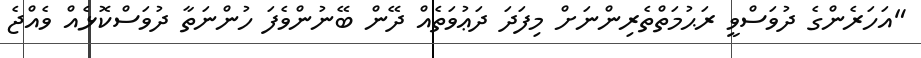
"އަހަރެންގެ ދުވަސްވީ ރަޙުމަތްތެރިންނަށް މިފަދަ ދަޢުވަތެއް ދޭން ބޭނުންވެފަ ހުންނަތާ ދުވަސްކޮޅެއް ވެއްޖެ